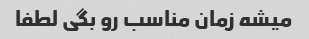
میشه زمان مناسب رو بگی لطفا